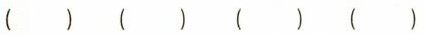
() () () ()